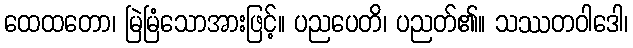
ထေထတော၊ မြဲမြံသောအားဖြင့်။ ပညပေတိ၊ ပညတ်၏။ သဿတဝါဒေါ၊